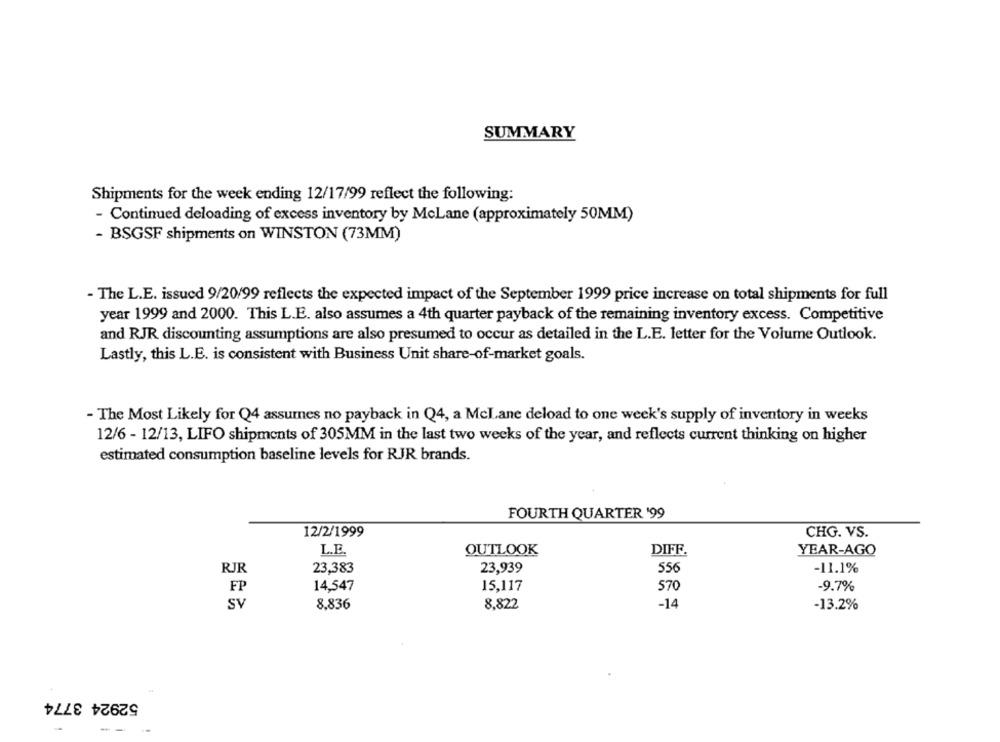
SUMMARY
Shipments for the week ending 12/17/99 reflect the following:
- Continued deloading of excess inventory by McLane (approximately 50MM)
- BSGSF shipments on WINSTON (73MM)
- The L.E. issued 9/20/99 reflects the expected impact of the September 1999 price increase on total shipments for full
year 1999 and 2000. This L.E. also assumes a 4th quarter payback of the remaining inventory excess. Competitive
and RJR discounting assumptions are also presumed to occur as detailed in the L.E. letter for the Volume Outlook.
Lastly, this L.E. is consistent with Business Unit share-of-market goals.
- The Most Likely for Q4 assumes no payback in Q4, a McLane deload to one week's supply of inventory in weeks
12/6 - 12/13, LIFO shipments of 305MM in the last two weeks of the year, and reflects current thinking on higher
estimated consumption baseline levels for RJR brands.
FOURTH QUARTER '99
12/2/1999
CHG. VS.
L.E.
DIFF.
OUTLOOK
YEAR-AGO
RJR
23,383
23,939
556
-11.1%
FP
14,547
15,117
-9.7%
570
SV
8,836
8,822
-14
-13.2%
52924 3774